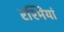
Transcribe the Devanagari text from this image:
रश्मियां